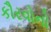
કૌરવોનો